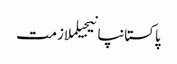
پاکستانپانیجیلملازمت